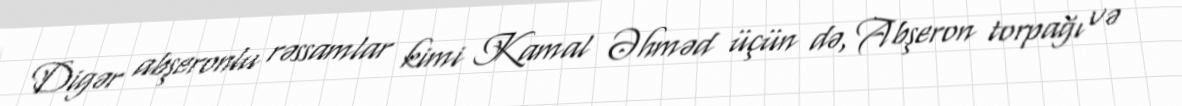
Digər abşeronlu rəssamlar kimi Kamal Əhməd üçün də, Abşeron torpağı və